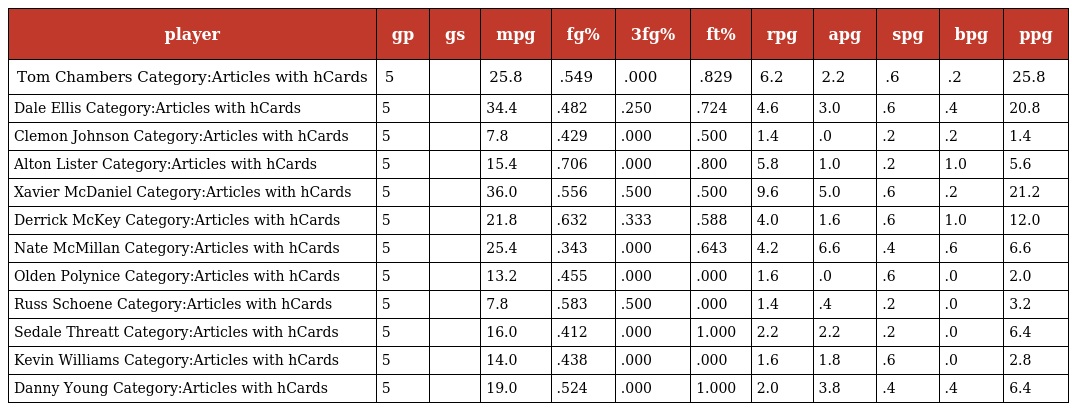
| player | gp | gs | mpg | fg% | 3fg% | ft% | rpg | apg | spg | bpg | ppg |
 | --- | --- | --- | --- | --- | --- | --- | --- | --- | --- | --- | --- |
 | Tom Chambers Category:Articles with hCards | 5 |  | 25.8 | .549 | .000 | .829 | 6.2 | 2.2 | .6 | .2 | 25.8 |
 | Dale Ellis Category:Articles with hCards | 5 |  | 34.4 | .482 | .250 | .724 | 4.6 | 3.0 | .6 | .4 | 20.8 |
 | Clemon Johnson Category:Articles with hCards | 5 |  | 7.8 | .429 | .000 | .500 | 1.4 | .0 | .2 | .2 | 1.4 |
 | Alton Lister Category:Articles with hCards | 5 |  | 15.4 | .706 | .000 | .800 | 5.8 | 1.0 | .2 | 1.0 | 5.6 |
 | Xavier McDaniel Category:Articles with hCards | 5 |  | 36.0 | .556 | .500 | .500 | 9.6 | 5.0 | .6 | .2 | 21.2 |
 | Derrick McKey Category:Articles with hCards | 5 |  | 21.8 | .632 | .333 | .588 | 4.0 | 1.6 | .6 | 1.0 | 12.0 |
 | Nate McMillan Category:Articles with hCards | 5 |  | 25.4 | .343 | .000 | .643 | 4.2 | 6.6 | .4 | .6 | 6.6 |
 | Olden Polynice Category:Articles with hCards | 5 |  | 13.2 | .455 | .000 | .000 | 1.6 | .0 | .6 | .0 | 2.0 |
 | Russ Schoene Category:Articles with hCards | 5 |  | 7.8 | .583 | .500 | .000 | 1.4 | .4 | .2 | .0 | 3.2 |
 | Sedale Threatt Category:Articles with hCards | 5 |  | 16.0 | .412 | .000 | 1.000 | 2.2 | 2.2 | .2 | .0 | 6.4 |
 | Kevin Williams Category:Articles with hCards | 5 |  | 14.0 | .438 | .000 | .000 | 1.6 | 1.8 | .6 | .0 | 2.8 |
 | Danny Young Category:Articles with hCards | 5 |  | 19.0 | .524 | .000 | 1.000 | 2.0 | 3.8 | .4 | .4 | 6.4 |